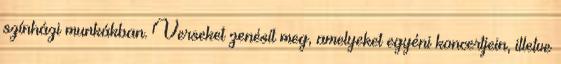
színházi munkákban. Verseket zenésít meg, amelyeket egyéni koncertjein, illetve